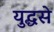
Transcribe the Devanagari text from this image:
युद्धसे